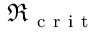
\Re _ { \mathrm { ~ c ~ r ~ i ~ t ~ } }